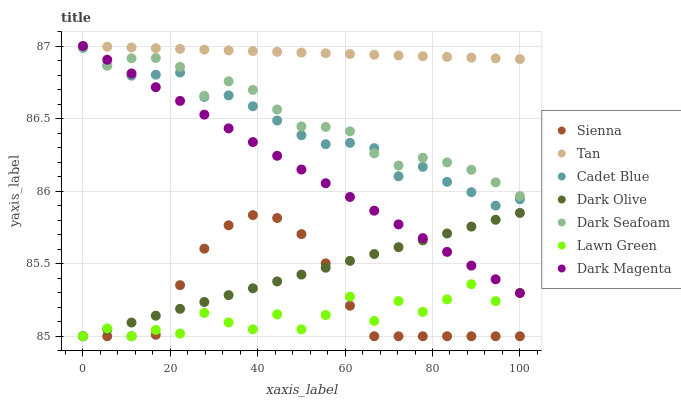
| xaxis_label | Sienna | Tan | Cadet Blue | Dark Olive | Dark Seafoam | Lawn Green | Dark Magenta |
 | --- | --- | --- | --- | --- | --- | --- | --- |
 | 0 | 85 | 87 | 87 | 85 | 87 | 85 | 87 |
 | 5.56 | 85 | 87 | 86.9 | 85 | 86.9 | 85.1 | 86.9 |
 | 11.1 | 85 | 87 | 86.8 | 85.1 | 86.9 | 85 | 86.8 |
 | 16.7 | 85 | 87 | 86.8 | 85.1 | 86.9 | 85 | 86.7 |
 | 22.2 | 85.4 | 87 | 86.8 | 85.2 | 86.9 | 85 | 86.6 |
 | 27.8 | 85.6 | 87 | 86.6 | 85.2 | 86.7 | 85.2 | 86.5 |
 | 33.3 | 85.8 | 87 | 86.7 | 85.3 | 86.8 | 85.1 | 86.4 |
 | 38.9 | 85.8 | 87 | 86.6 | 85.3 | 86.7 | 85 | 86.3 |
 | 44.4 | 85.8 | 87 | 86.5 | 85.4 | 86.6 | 85.2 | 86.2 |
 | 50 | 85.7 | 87 | 86.4 | 85.4 | 86.4 | 85 | 86.1 |
 | 55.6 | 85.5 | 86.9 | 86.3 | 85.5 | 86.4 | 85.1 | 86.1 |
 | 61.1 | 85.2 | 86.9 | 86.3 | 85.5 | 86.4 | 85.3 | 86 |
 | 66.7 | 85 | 86.9 | 86.3 | 85.6 | 86.3 | 85.1 | 85.9 |
 | 72.2 | 85 | 86.9 | 86.1 | 85.6 | 86.2 | 85.2 | 85.8 |
 | 77.8 | 85 | 86.9 | 86.2 | 85.7 | 86.2 | 85.2 | 85.7 |
 | 83.3 | 85 | 86.9 | 86.1 | 85.7 | 86.2 | 85.3 | 85.6 |
 | 88.9 | 85 | 86.9 | 86 | 85.8 | 86.1 | 85.4 | 85.5 |
 | 94.4 | 85 | 86.9 | 85.9 | 85.8 | 86.1 | 85.2 | 85.4 |
 | 100 | 85 | 86.9 | 85.9 | 85.8 | 86 | 85.3 | 85.3 |